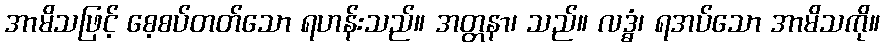
အာမိသဖြင့် စေ့စပ်တတ်သော ရဟန်းသည်။ အတ္တနာ၊ သည်။ လဒ္ဓံ၊ ရအပ်သော အာမိသကို။